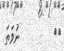
٤١         ނުވަތަ